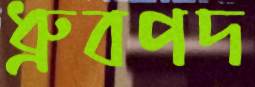
ধ্রুবপদ